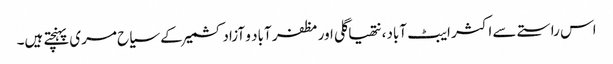
اس راستے سے اکثر ایبٹ آباد، نتھیاگلی اور مظفر آباد و آزادکشمیر کے سیاح مری پہنچتے ہیں۔